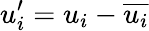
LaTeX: u_{i}^{\prime}=u_{i}-\overline{{u_{i}}}